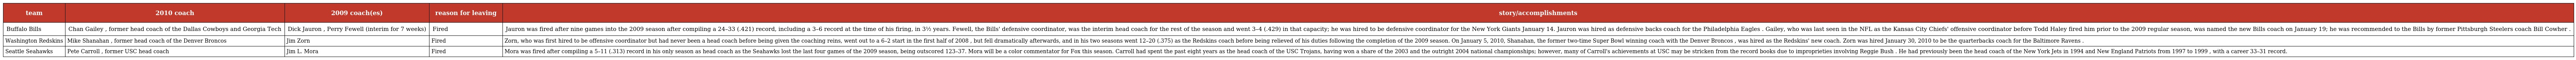
| team | 2010 coach | 2009 coach(es) | reason for leaving | story/accomplishments |
 | --- | --- | --- | --- | --- |
 | Buffalo Bills | Chan Gailey , former head coach of the Dallas Cowboys and Georgia Tech | Dick Jauron , Perry Fewell (interim for 7 weeks) | Fired | Jauron was fired after nine games into the 2009 season after compiling a 24–33 (.421) record, including a 3–6 record at the time of his firing, in 3½ years. Fewell, the Bills' defensive coordinator, was the interim head coach for the rest of the season and went 3–4 (.429) in that capacity; he was hired to be defensive coordinator for the New York Giants January 14. Jauron was hired as defensive backs coach for the Philadelphia Eagles . Gailey, who was last seen in the NFL as the Kansas City Chiefs' offensive coordinator before Todd Haley fired him prior to the 2009 regular season, was named the new Bills coach on January 19; he was recommended to the Bills by former Pittsburgh Steelers coach Bill Cowher . |
 | Washington Redskins | Mike Shanahan , former head coach of the Denver Broncos | Jim Zorn | Fired | Zorn, who was first hired to be offensive coordinator but had never been a head coach before being given the coaching reins, went out to a 6–2 start in the first half of 2008 , but fell dramatically afterwards, and in his two seasons went 12–20 (.375) as the Redskins coach before being relieved of his duties following the completion of the 2009 season. On January 5, 2010, Shanahan, the former two-time Super Bowl winning coach with the Denver Broncos , was hired as the Redskins' new coach. Zorn was hired January 30, 2010 to be the quarterbacks coach for the Baltimore Ravens . |
 | Seattle Seahawks | Pete Carroll , former USC head coach | Jim L. Mora | Fired | Mora was fired after compiling a 5–11 (.313) record in his only season as head coach as the Seahawks lost the last four games of the 2009 season, being outscored 123–37. Mora will be a color commentator for Fox this season. Carroll had spent the past eight years as the head coach of the USC Trojans, having won a share of the 2003 and the outright 2004 national championships; however, many of Carroll's achievements at USC may be stricken from the record books due to improprieties involving Reggie Bush . He had previously been the head coach of the New York Jets in 1994 and New England Patriots from 1997 to 1999 , with a career 33–31 record. |